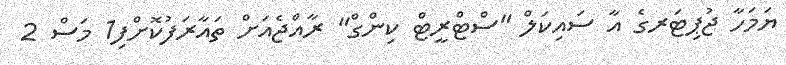
ޔަމަހާ ޖުޕިޓަރގެ އާ ސައިކަލް "ސްޓްރީޓް ކިންގް" ރާއްޖެއަށް ތައާރަފުކޮށްފި1 މަސް 2